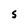
Character: S